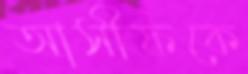
আসীফকে